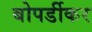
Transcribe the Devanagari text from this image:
बोपर्डीकर